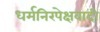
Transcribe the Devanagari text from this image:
धर्मनिरपेक्षवादी